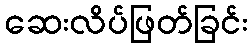
ဆေးလိပ်ဖြတ်ခြင်း